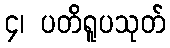
၄၊ ပတိရူပသုတ်